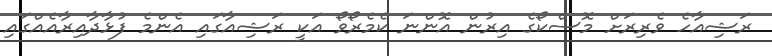
ރަޝިއާހެ ވެރިރަށް މޮސްކޯގެ އިރުން އޮންނަ ކެމެރޯވޯ އަކީ ރަޝިއާގައި އެންމެ ފުޅާދާއިރާއެއްގައި